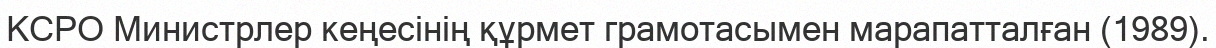
КСРО Министрлер кеңесінің құрмет грамотасымен марапатталған (1989).